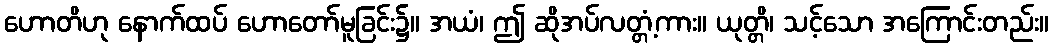
ဟောတိဟု နောက်ထပ် ဟောတော်မူခြင်း၌။ အယံ၊ ဤ ဆိုအပ်လတ္တံ့ကား။ ယုတ္တိ၊ သင့်သော အကြောင်းတည်း။